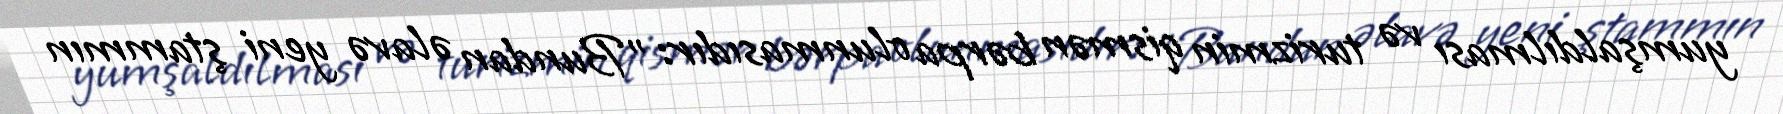
yumşaldılması və turizmin qismən bərpa olunmasıdır: "Bundan əlavə yeni ştammın